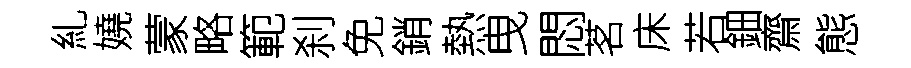
糺嬈蒙略範刹免銷熱曳悶茗床若鈿齋態